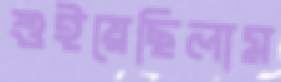
শুইয়েছিলাম